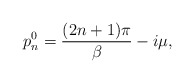
\begin{align*}p^0_n = \frac{(2n+1)\pi} {\beta} - i\mu ,\end{align*}